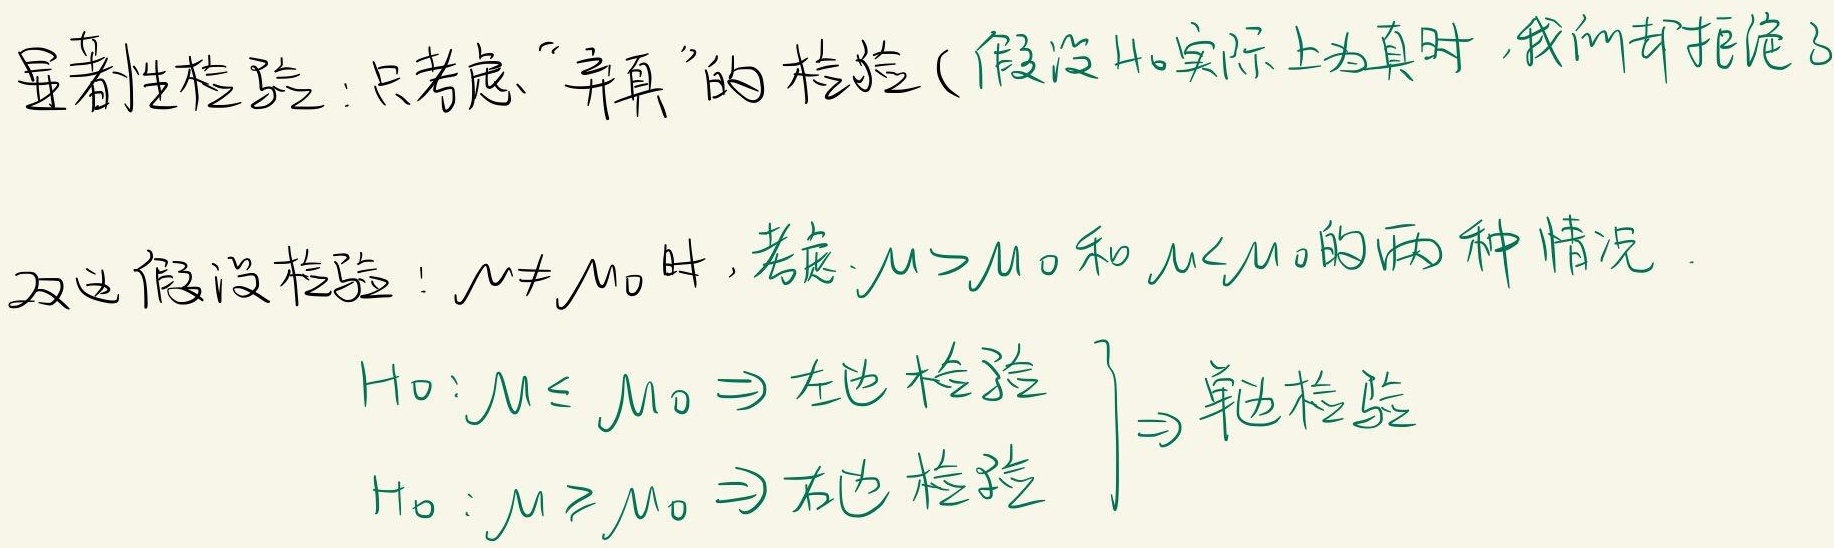
显著性检验：只考虑“弃真”的检验（假设 \(H_0\) 实际上为真时，我们却拒绝了）

双边假设检验：\(\mu \neq \mu_0\) 时，考虑 \(\mu > \mu_0\) 和 \(\mu < \mu_0\) 的两种情况。

\[
\begin{align*}
H_0:\mu \leq \mu_0 &\Rightarrow \text{左边检验}\\
H_0:\mu \geq \mu_0 &\Rightarrow \text{右边检验}
\end{align*}
\]

\(\Rightarrow\) 单边检验